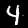
Digit: 4